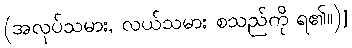
(အလုပ်သမား, လယ်သမား စသည်ကို ရ၏။)]